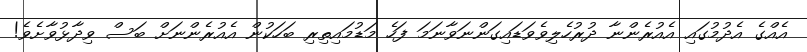
އެއްގެ އެދުމުގައި އެއުރެންނާ ދުރުހެލިވެވަޑައިގަންނަވާނަމަ ފަހެ މަޑުމައިތިރި ބަހަކުން އެއުރެންނަށް ބަސް ވިދާޅުވާށެވެ!